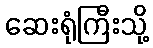
ဆေးရုံကြီးသို့